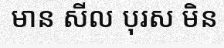
មាន សីល បុរស មិន